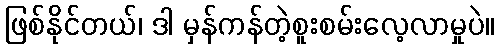
ဖြစ်နိုင်တယ်၊ ဒါ မှန်ကန်တဲ့စူးစမ်းလေ့လာမှုပဲ။